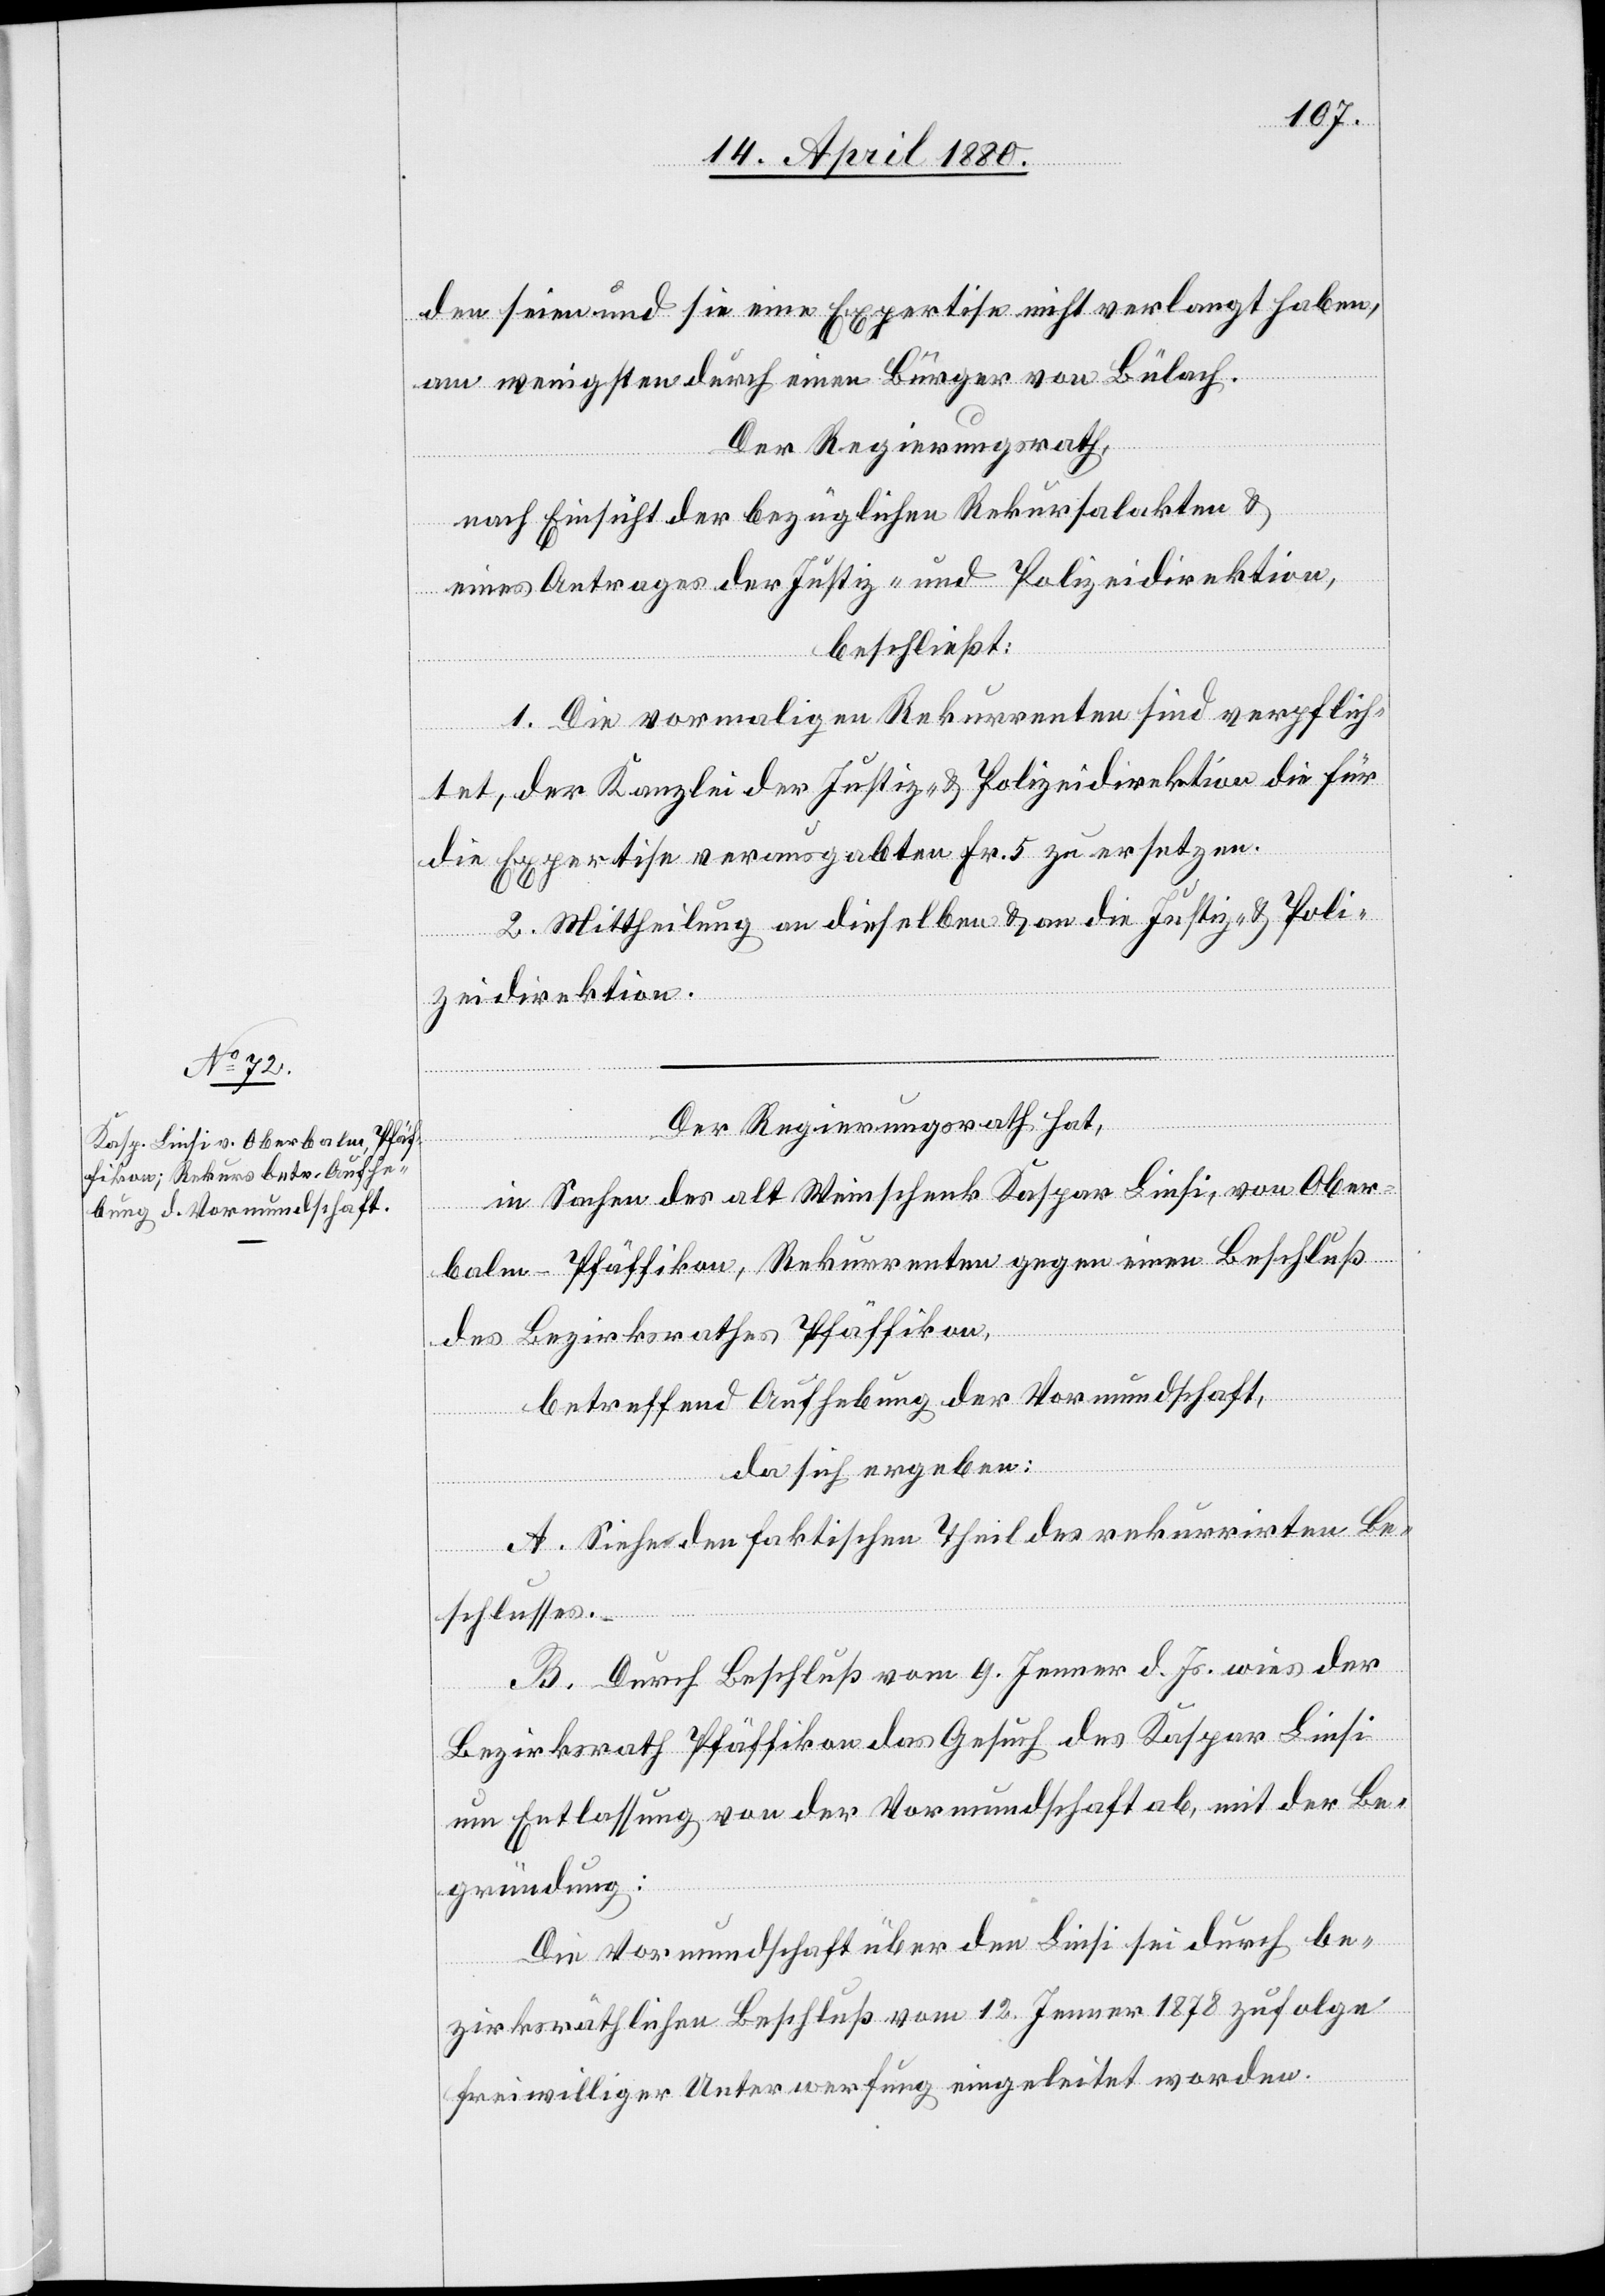
den seien und sie eine Expertise nicht verlangt haben,
am wenigsten durch einen Bürger von Bülach.
Der Regierungsrath,
nach Einsicht der bezüglichen Rekursalakten &
eines Antrages der Justiz- & Polizeidirektion,
beschließt:
1. Die vormaligen Rekurrenten sind verpflich¬
tet, der Kanzlei der Justiz- & Polizeidirektion die für
die Expertise verausgabten Fr. 5 zu ersetzen.
2. Mittheilung an dieselben & an die Justiz- & Poli¬
zeidirektion.
Der Regierungsrath hat,
in Sachen des alt Weinschenk Kaspar Liesi, von Ober¬
balen - Pfäffikon, Rekurrenten gegen einen Beschluß
des Bezirksrathes Pfäffikon,
betreffend Aufhebung der Vormundschaft,
da sich ergeben:
A. Siehe den faktischen Theil des rekurrirten Be¬
schlusses.
B. Durch Beschluß vom 9. Jenner d. Js. wies der
Bezirksrath Pfäffikon das Gesuch des Kaspar Liesi
um Entlassung von der Vormundschaft ab, mit der Be¬
gründung:
Die Vormundschaft über den Liesi sei durch be¬
zirksräthlichen Beschluß vom 12. Jenner 1878 zufolge
freiwilliger Unterwerfung eingeleitet worden.